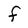
Character: f